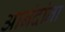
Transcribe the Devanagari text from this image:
आनंदांना